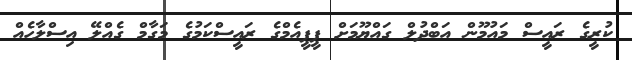
ކުރީގެ ރައީސް މައުމޫން އަބްދުލް ގައްޔޫމަށް ޕީޕީއެމްގެ ރައީސްކަމުގެ މަގާމް ގެއްލޭ އިސްލާހެއް